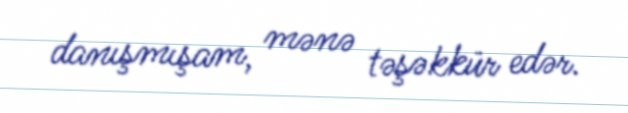
danışmışam, mənə təşəkkür edər.